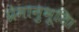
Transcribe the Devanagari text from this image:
प्रेमानुभूति।